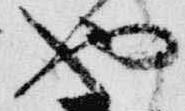
也